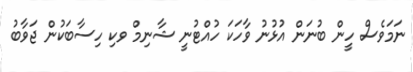
ނަމަވެސް ހީން ބުނަން އުޅުނު ވާހަކަ ހުއްޓުނީ ޝާނިމް ވކި ހިސާބަކުން ޖަވާބު